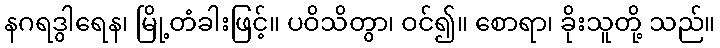
နဂရဒွါရေန၊ မြို့တံခါးဖြင့်။ ပဝိသိတွာ၊ ဝင်၍။ စောရာ၊ ခိုးသူတို့ သည်။